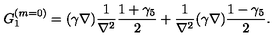
G _ { 1 } ^ { ( m = 0 ) } = ( \gamma \nabla ) \frac { 1 } { \nabla ^ { 2 } } \frac { 1 + \gamma _ { 5 } } { 2 } + \frac { 1 } { \nabla ^ { 2 } } ( \gamma \nabla ) \frac { 1 - \gamma _ { 5 } } { 2 } .